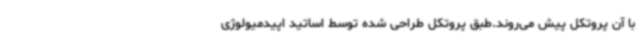
با آن پروتکل پیش می‌روند.طبق پروتکل طراحی شده توسط اساتید اپیدمیولوژی